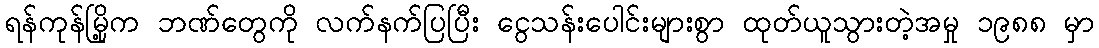
ရန်ကုန်မြို့က ဘဏ်တွေကို လက်နက်ပြပြီး ငွေသန်းပေါင်းများစွာ ထုတ်ယူသွားတဲ့အမှု ၁၉၈၈ မှာ